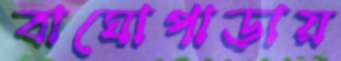
বাঘোপাড়ায়